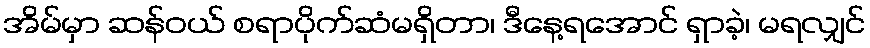
အိမ်မှာ ဆန်ဝယ် စရာပိုက်ဆံမရှိတာ၊ ဒီနေ့ရအောင် ရှာခဲ့၊ မရလျှင်